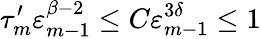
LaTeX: \tau_{m}^{\prime}\varepsilon_{m-1}^{\beta-2}\leq C\varepsilon_{m-1}^{3\delta}\leq 1